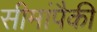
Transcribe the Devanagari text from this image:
सीमांपैकी